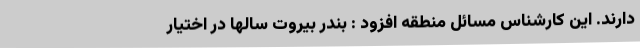
دارند. این کارشناس مسائل منطقه افزود : بندر بیروت سالها در اختیار